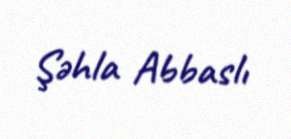
Şəhla Abbaslı